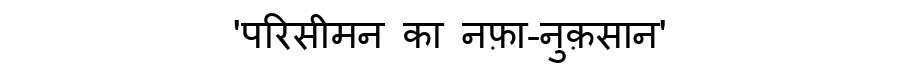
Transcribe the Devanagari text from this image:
'परिसीमन का नफ़ा-नुक़सान'